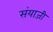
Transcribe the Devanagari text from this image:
संयाजी